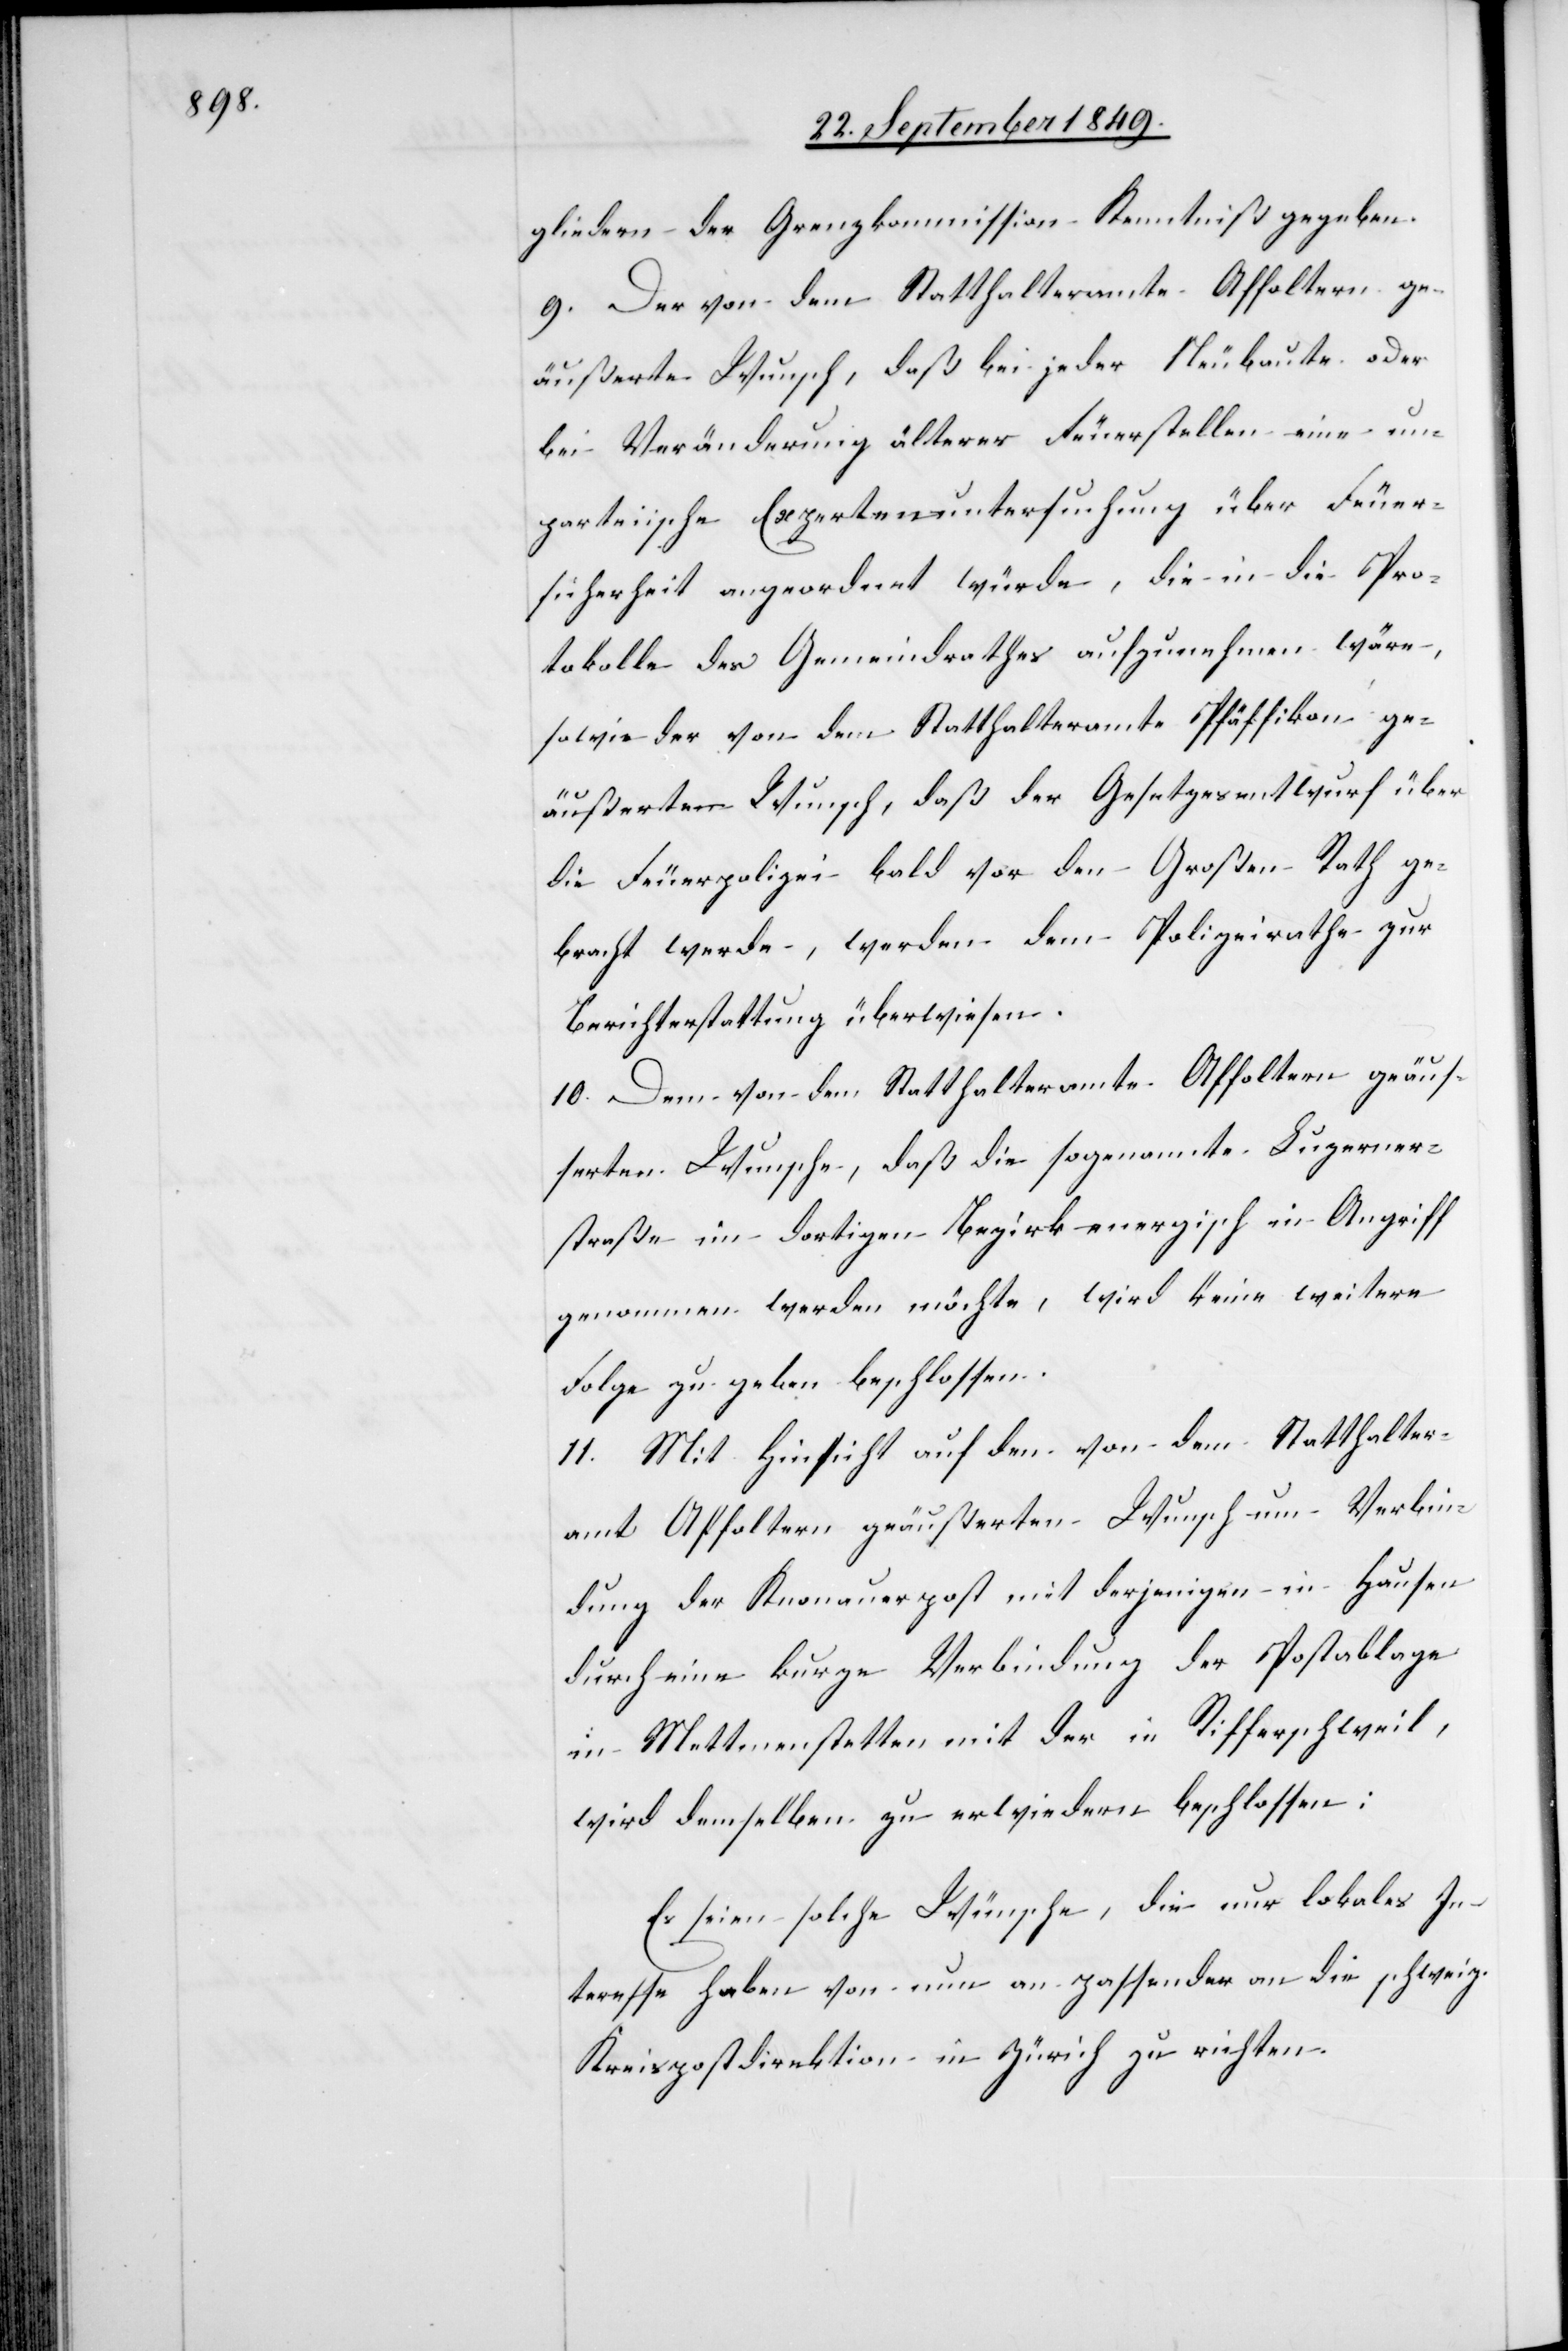
gliedern der Grenzkommission Kenntniß gegeben.
9. Der von dem Statthalteramte Affoltern ge¬
äußerte Wunsch, daß bei jeder Neubaute oder
bei Veränderung älterer Feuerstellen eine un¬
parteiische Expertenuntersuchung über Feuer¬
sicherheit angeordnet würde, die in die Pro¬
tokolle des Gemeindrathes aufzunehmen wäre,
sowie der von dem Statthalteramte Pfäffikon ge¬
äußertem Wunsch, daß der Gesetzesentwurf über
die Feuerpolizei bald vor den Großen Rath ge¬
bracht werde, werden dem Polizeirathe zur
Berichterstattung überwiesen.
10. Dem von dem Statthalteramte Affoltern geäus¬
serten Wunsche, daß die sogenannte Luzerner¬
straße im dortigen Bezirk energisch in Angriff
genommen werden möchte, wird keine weitere
Folge zu geben beschlossen.
11. Mit Hinsicht auf den von dem Statthalter¬
amt Affoltern geäußerten Wunsch um Verbin¬
dung der Knonauerpost mit derjenigen in Hausen
durch eine kurze Verbindung der Postablage
in Mettmenstetten mit der in Rifferschweil,
wird demselben zu erwiedern beschlossen:
Es seien solche Wünsche, die nur lokales In¬
teresse haben von nun an passender an die schweiz.
Kreispostdirektion in Zürich zu richten.